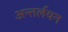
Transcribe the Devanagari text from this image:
अन्तर्लयन